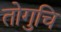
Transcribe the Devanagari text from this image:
तोगुचि